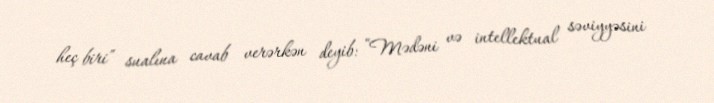
heç biri” sualına cavab verərkən deyib: “Mədəni və intellektual səviyyəsini